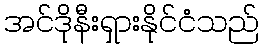
အင်ဒိုနီးရှားနိုင်ငံသည်